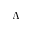
\Lambda